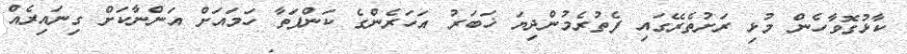
ކާޅުގޮވާހެން މުޅި ރަށުތެރޭގައި ފެތުރެމުންދިޔަ ޚަބަރު އަހަރެންގެ ކަންފަތާ ހަމައަށް އަންނާކަށް ގިނައިރެއް